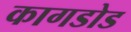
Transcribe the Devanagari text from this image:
कागडोड